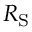
R _ { \mathrm { { S } } }